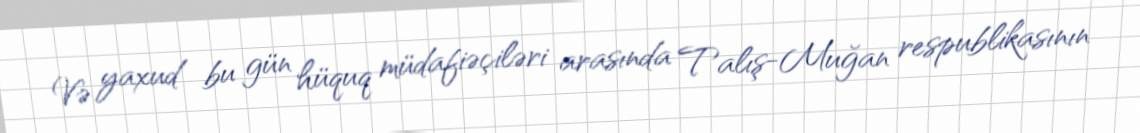
Və yaxud bu gün hüquq müdafiəçiləri arasında Talış-Muğan respublikasının